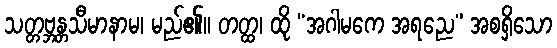
သတ္တဗ္ဘန္တသီမာနာမ၊ မည်၏။ တတ္ထ၊ ထို “အဂါမကေ အရညေ” အစရှိသော